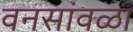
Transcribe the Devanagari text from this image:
वनसांवळा